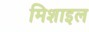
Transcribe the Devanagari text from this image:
मिशाइल